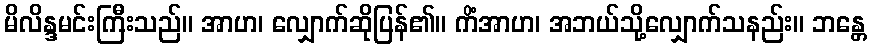
မိလိန္ဒမင်းကြီးသည်။ အာဟ၊ လျှောက်ဆိုပြန်၏။ ကိံအာဟ၊ အဘယ်သို့လျှောက်သနည်း။ ဘန္တေ